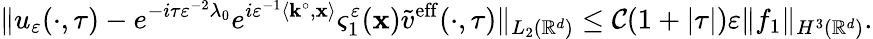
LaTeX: \| u_{\varepsilon}(\cdot,\tau)-e^{-i\tau\varepsilon^{-2}\lambda_{0}}e^{i\varepsilon^{-1}\left\langle\mathbf{k}^{\circ},\mathbf{x}\right\rangle}\varsigma_{1}^{\varepsilon}(\mathbf{x})\tilde{v}^{\mathrm{eff}}(\cdot,\tau)\| _{L_{2}(\mathbb{R}^{d})}\le\mathcal{C}(1+|\tau|)\varepsilon\| f_{1}\| _{H^{3}(\mathbb{R}^{d})}.